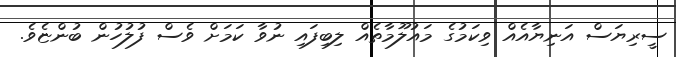
ސީރިޔަސް އަނިޔާއެއް ވިކަމުގެ މައުލޫމާތެއް ލިބިފައި ނުވާ ކަމަށް ވެސް ފުލުހުން ބުންޏެވެ.